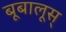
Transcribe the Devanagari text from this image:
बूबालूस्